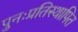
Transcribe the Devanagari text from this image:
पुनःप्रतिस्थापित